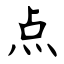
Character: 点